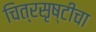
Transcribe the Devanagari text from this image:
चित्रसृष्टीचा